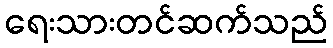
ရေးသားတင်ဆက်သည်